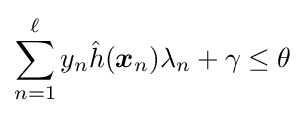
\sum _{n=1}^{\ell }y_{n}{\hat {h}}({\boldsymbol {x}}_{n})\lambda _{n}+\gamma \leq \theta